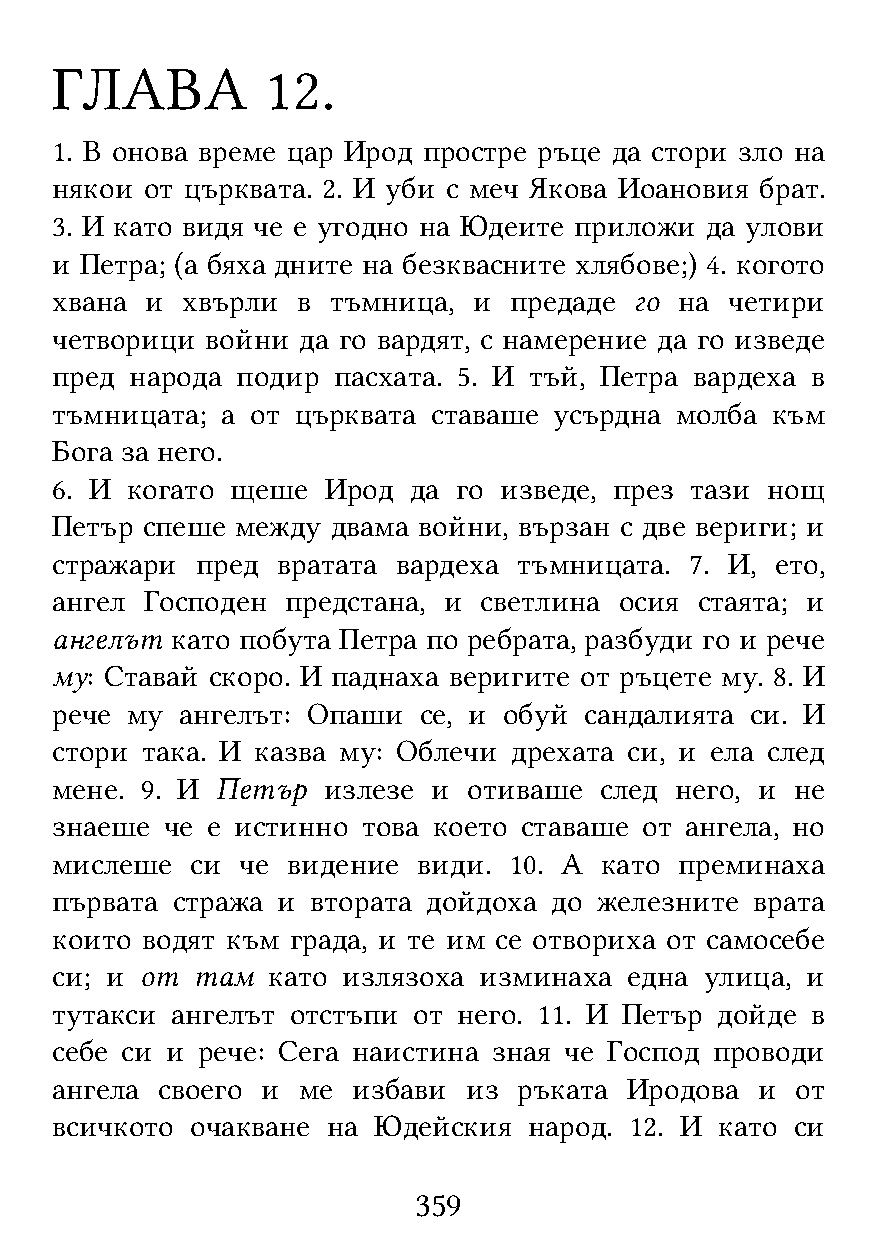
ГЛАВА          12.
 1. В онова време цар Ирод простре ръце да стори зло на
 някои  от църквата. 2. И уби с меч Якова Иоановия брат.
 3. И като видя че е угодно на Юдеите приложи да улови
 и Петра; (а бяха дните на безквасните хлябове;) 4. когото
 хвана  и хвърли  в тъмница, и  предаде го на четири
 четворици  войни да го вардят, с намерение да го изведе
 пред  народа подир пасхата. 5. И тъй, Петра вардеха в
 тъмницата;  а от църквата ставаше усърдна молба към
 Бога за него.
 6. И когато щеше  Ирод  да го изведе, през тази нощ
 Петър спеше  между двама войни, вързан с две вериги; и
 стражари  пред вратата вардеха тъмницата.  7. И, ето,
 ангел  Господен предстана, и светлина осия стаята; и
 ангелът като побута Петра по ребрата, разбуди го и рече
 му: Ставай скоро. И паднаха веригите от ръцете му. 8. И
 рече му  ангелът: Опаши  се, и обуй сандалията си. И
 стори така. И казва му: Облечи дрехата си, и ела след
 мене. 9. И Петър  излезе  и отиваше  след него, и не
 знаеше  че е истинно това което ставаше от ангела, но
 мислеше   си че видение  види. 10. А като преминаха
 първата стража и  втората дойдоха до железните врата
 които водят към града, и те им се отвориха от самосебе
 си; и от  там  като излязоха изминаха  една улица, и
 тутакси ангелът отстъпи от него. 11. И Петър дойде в
 себе си и рече: Сега наистина зная че Господ проводи
 ангела своего и  ме избави  из ръката Иродова  и  от
 всичкото  очакване на Юдейския  народ. 12. И като си
 359